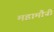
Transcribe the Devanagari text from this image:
महामौनी